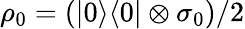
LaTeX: \rho_{0}=(|0\rangle\langle 0|\otimes\sigma_{0})/2